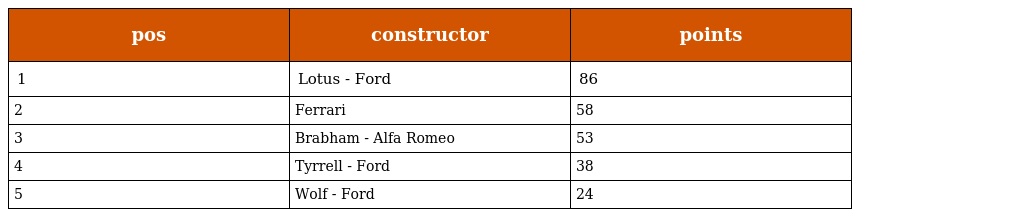
| pos | constructor | points |
 | --- | --- | --- |
 | 1 | Lotus - Ford | 86 |
 | 2 | Ferrari | 58 |
 | 3 | Brabham - Alfa Romeo | 53 |
 | 4 | Tyrrell - Ford | 38 |
 | 5 | Wolf - Ford | 24 |